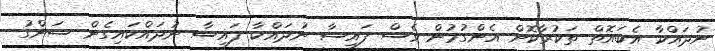
ނުދައްކާ އެބައޮތް ތަކުރާކޮށް އެންގުމުން ވެސް ފައިސާ ނުދައްކާ ފައިސާ ނުދައްކައިގެން ސަންގު